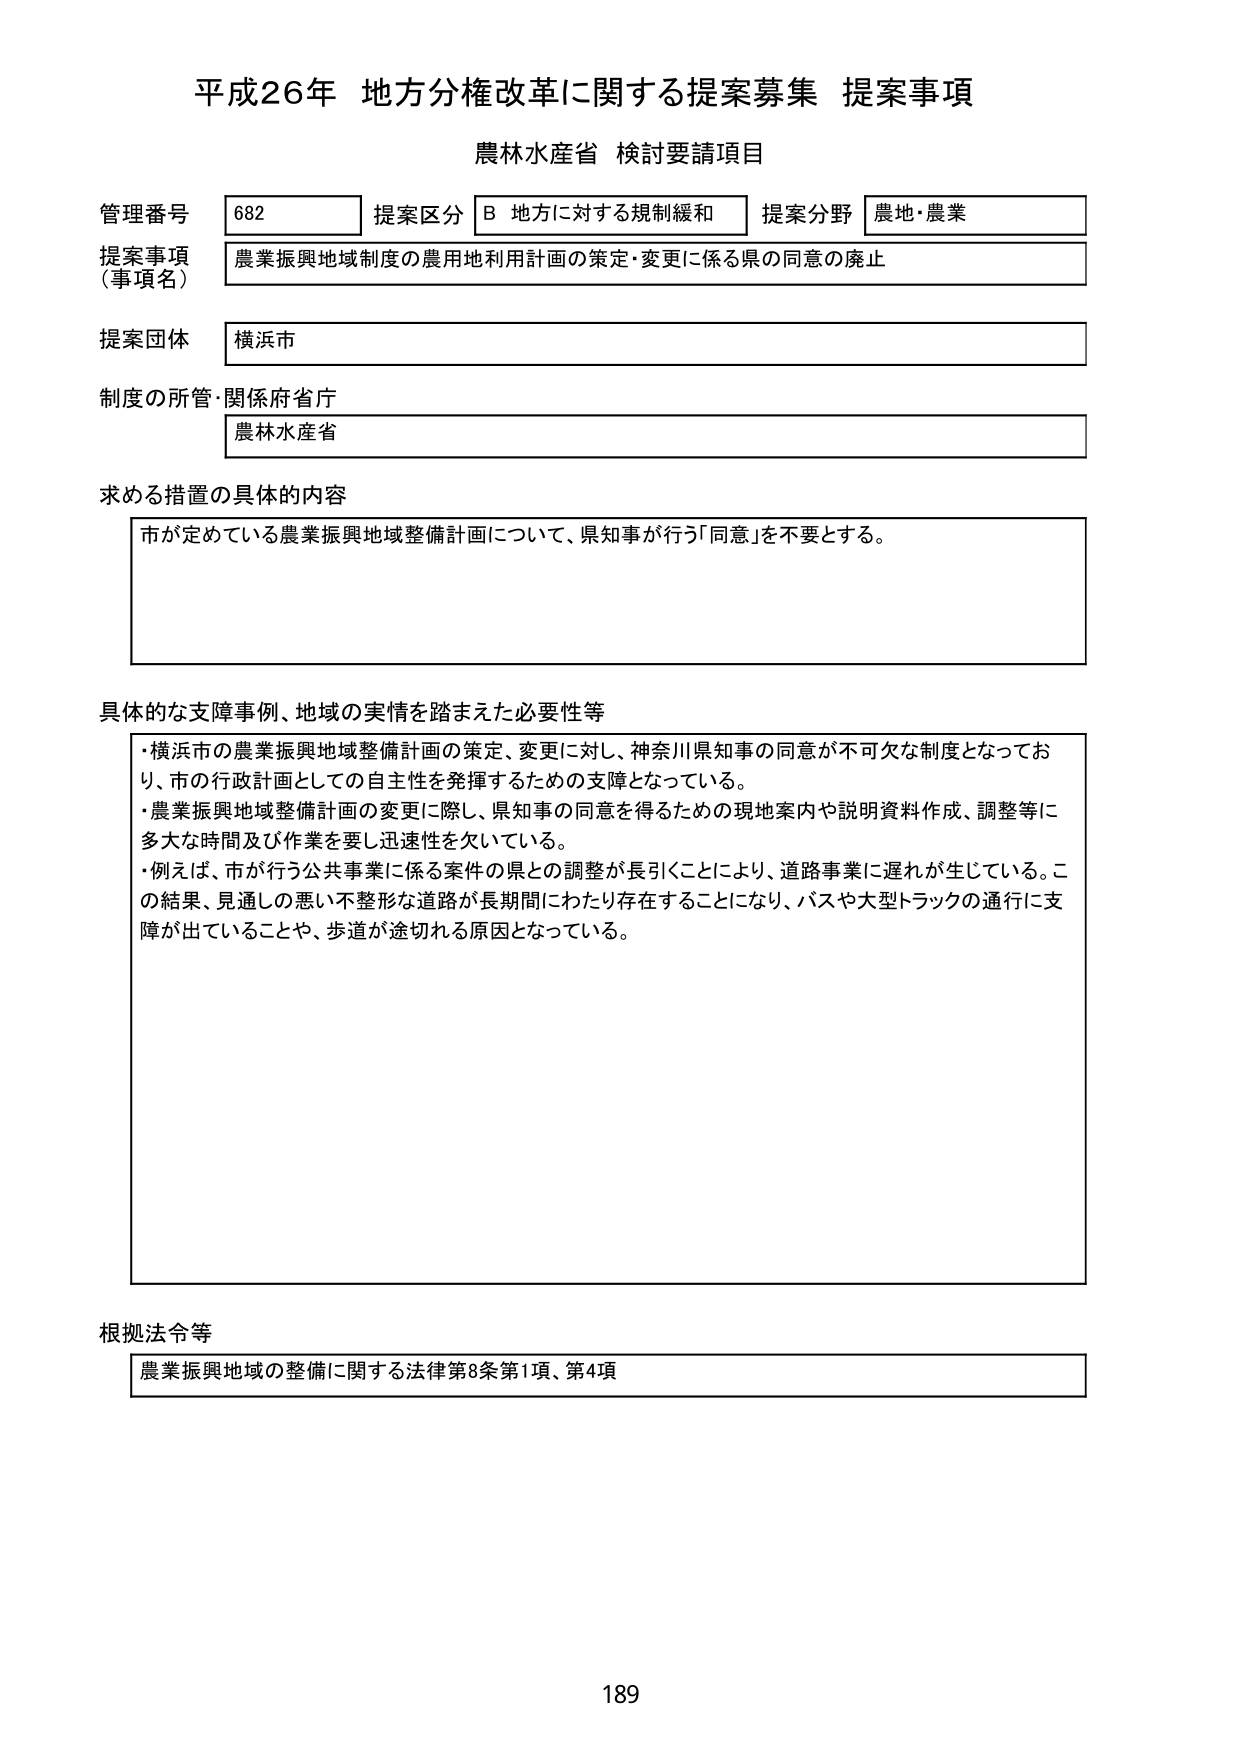
平成26年 地方分権改革に関する提案募集 提案事項
農林水産省 検討要請項目

管理番号 682 提案区分 B 地方に対する規制緩和 提案分野 農地・農業
提案事項（事項名） 農業振興地域制度の農用地利用計画の策定・変更に係る県の同意の廃止
提案団体 横浜市
制度の所管・関係府省庁 農林水産省

求める措置の具体的内容
市が定めている農業振興地域整備計画について、県知事が行う「同意」を不要とする。

具体的な支障事例、地域の実情を踏まえた必要性等
・横浜市の農業振興地域整備計画の策定、変更に対し、神奈川県知事の同意が不可欠な制度となっており、市の行政計画としての自主性を発揮するための支障となっている。
・農業振興地域整備計画の変更に際し、県知事の同意を得るための現地案内や説明資料作成、調整等に多大な時間及び作業を要し迅速性を欠いている。
・例えば、市が行う公共事業に係る案件の県との調整が長引くことにより、道路事業に遅れが生じている。この結果、見通しの悪い不整形な道路が長期間にわたり存在することになり、バスや大型トラックの通行に支障が出ていることや、歩道が途切れる原因となっている。

根拠法令等
農業振興地域の整備に関する法律第8条第1項、第4項

189